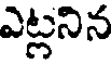
ఎట్లనిన